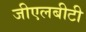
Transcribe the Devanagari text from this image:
जीएलबीटी